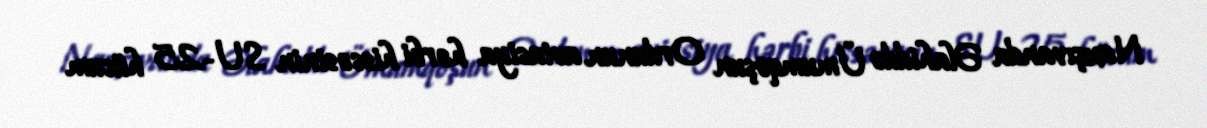
Naxçıvanda Əlahiddə Ümumqoşun Ordunun aviasiya hərbi hissəsinin SU-25 hücum